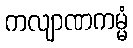
ကလျာဏကမ္မံ